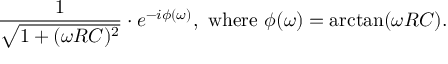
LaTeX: { \frac { 1 } { \sqrt { 1 + ( \omega R C ) ^ { 2 } } } } \cdot e ^ { - i \phi ( \omega ) } , { \mathrm { ~ w h e r e ~ } } \phi ( \omega ) = \arctan ( \omega R C ) .